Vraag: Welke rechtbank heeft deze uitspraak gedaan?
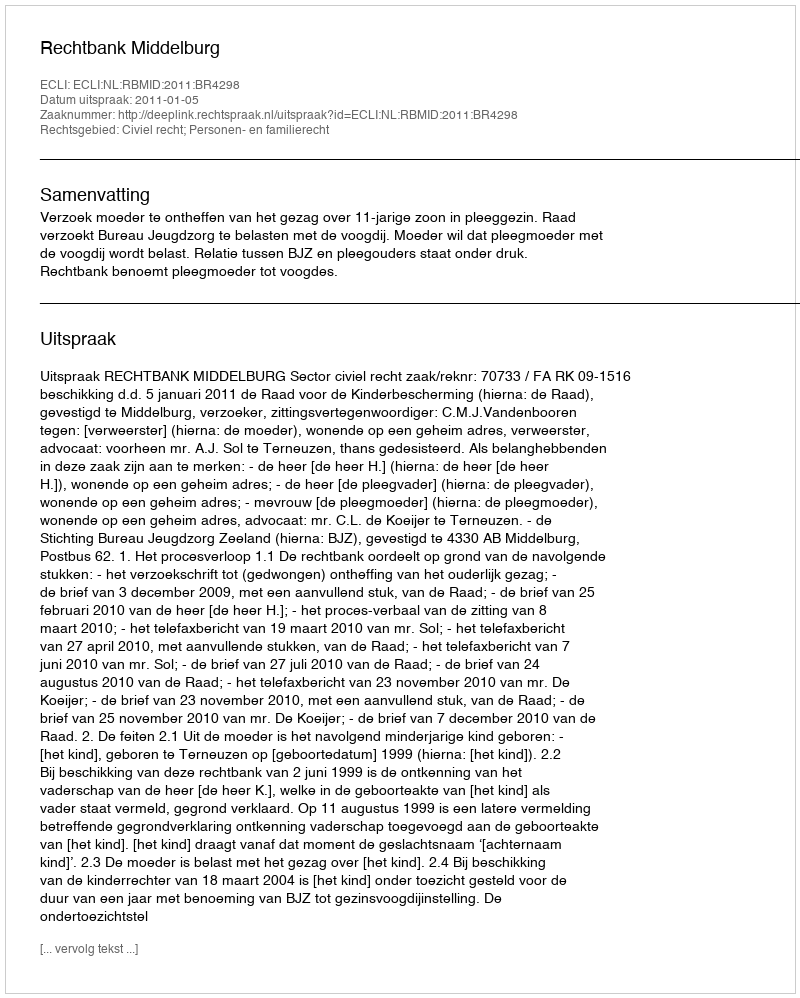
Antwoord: Rechtbank Middelburg